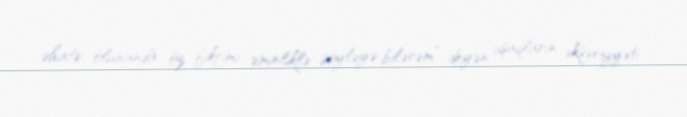
əhatə olunanda öz fikrimi əminliklə söyləyə bilərəm” deyən uşaqların əksəriyyəti